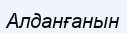
Алданғанын